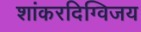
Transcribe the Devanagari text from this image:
शांकरदिग्विजय